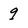
Character: q